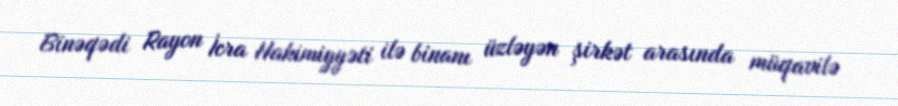
Binəqədi Rayon İcra Hakimiyyəti ilə binanı üzləyən şirkət arasında müqavilə